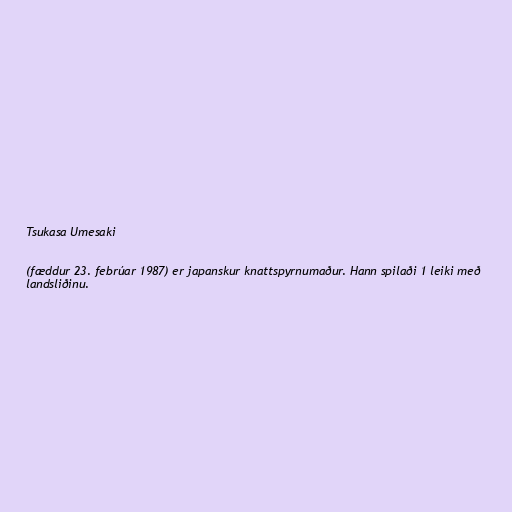
Tsukasa Umesaki

(fæddur 23. febrúar 1987) er japanskur knattspyrnumaður. Hann spilaði 1 leiki með
landsliðinu.